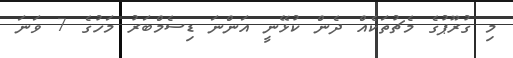
މި ގުރޫޕުގެ މެޗުތަކެއް ދެން ކުޅޭނީ އަންނަ ޑިސެމްބަރު މަހުގެ 7 ވަނަ